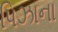
પિઝાના